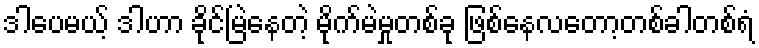
ဒါပေမယ့် ဒါဟာ ခိုင်မြဲနေတဲ့ မိုက်မဲမှုတစ်ခု ဖြစ်နေလတော့တစ်ခါတစ်ရံ